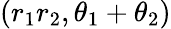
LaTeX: (r_{1}r_{2},\theta_{1}+\theta_{2})